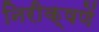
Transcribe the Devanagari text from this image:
निरीक्षणें